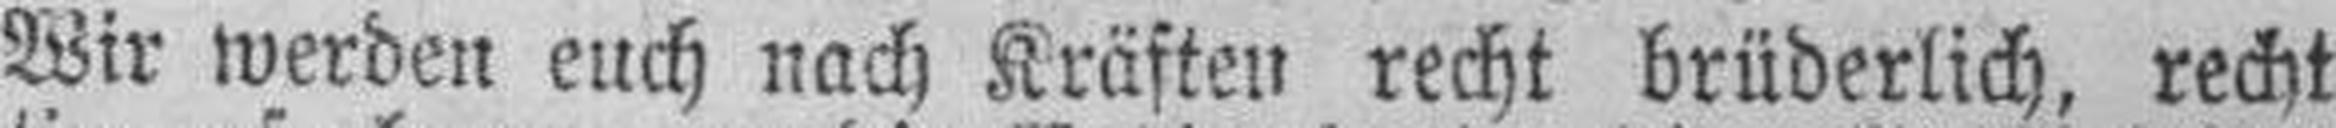
Wir werden euch nach Kräften recht brüderlich, recht